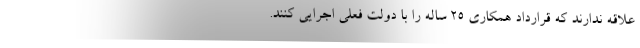
علاقه ندارند که قرارداد همکاری ۲۵ ساله را با دولت فعلی اجرایی کنند.